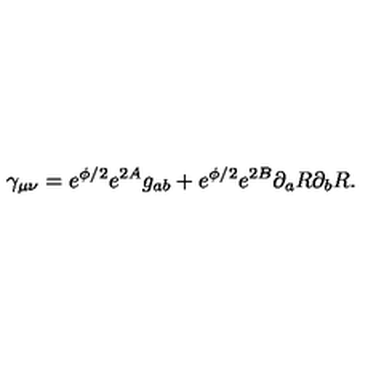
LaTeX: \gamma _ { \mu \nu } = e ^ { \phi / 2 } e ^ { 2 A } g _ { a b } + e ^ { \phi / 2 } e ^ { 2 B } \partial _ { a } R \partial _ { b } R .